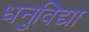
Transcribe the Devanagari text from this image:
धनुविद्या